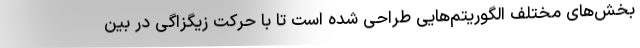
بخش‌های مختلف الگوریتم‌هایی طراحی شده است تا با حرکت زیگزاگی در بین